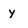
Character: y